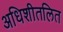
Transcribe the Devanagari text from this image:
अधिशीतलित